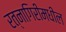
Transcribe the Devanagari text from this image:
रत्नागिरीमधील